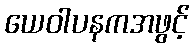
ယေဝါပနကအဖွင့်